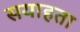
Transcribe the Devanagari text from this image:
सयाहता